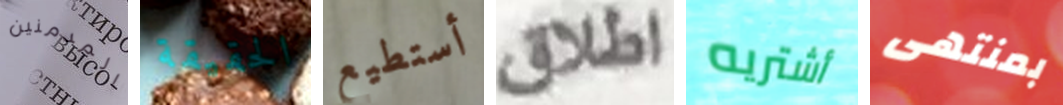
المدمنين الحقيقة أستطيع اطلاق أشتريه بمنتهى